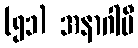
(၅၁) အနာဂါမီ